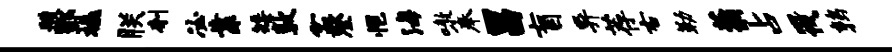
艘酆橇朕刳必靠矮敦盆登悒海嗷奉昌盲异荐右勒蓊占筏鹑